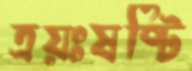
ত্রয়ঃষষ্টি